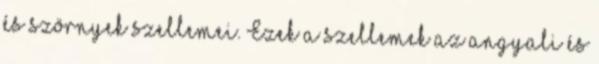
és szörnyek szellemei. Ezek a szellemek az angyali és